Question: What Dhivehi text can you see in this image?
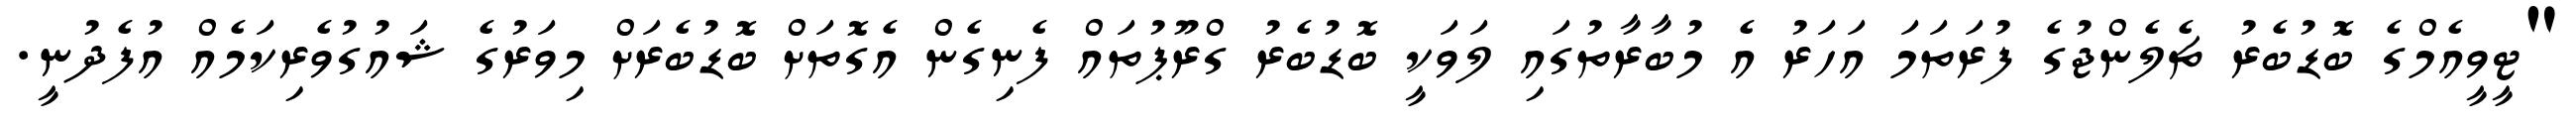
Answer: "ޓީވީއެމްގެ ބޮޑުބެރު ޗެލެންޖުގެ ފުރަތަމަ އަހަރު އެ މުބާރާތުގައި ލަވަކީ ބޮޑުބެރު ގްރޫޕުތައް ފެނިގެން އެގޮތަށް ބޮޑުބެރަށް މިވަރުގެ ޝައުގުވެރިކަމެއް އުފެދުނީ.